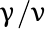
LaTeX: \upgamma/\upnu